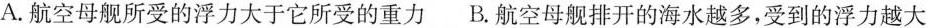
A.航空母舰所受的浮力大于它所受的重力B.航空母舰排开的海水越多，受到的浮力越大